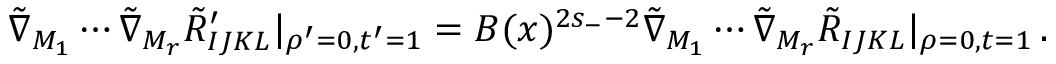
\begin{array} { r } { \tilde { \nabla } _ { M _ { 1 } } \cdots \tilde { \nabla } _ { M _ { r } } \tilde { R } _ { I J K L } ^ { \prime } | _ { \rho ^ { \prime } = 0 , t ^ { \prime } = 1 } = { \cal B } ( x ) ^ { 2 s _ { - } - 2 } \tilde { \nabla } _ { M _ { 1 } } \cdots \tilde { \nabla } _ { M _ { r } } \tilde { R } _ { I J K L } | _ { \rho = 0 , t = 1 } \, . } \end{array}